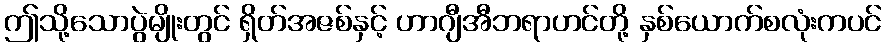
ဤသို့သောပွဲမျိုးတွင် ရှိတ်အဇစ်နှင့် ဟာဂျီအီဘရာဟင်တို့ နှစ်ယောက်စလုံးကပင်